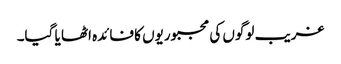
غریب لوگوں کی مجبوریوں کا فائدہ اٹھا یا گیا۔